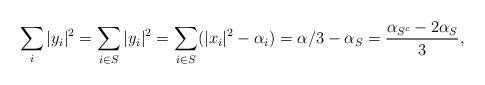
LaTeX: \begin{align*} \sum_i |y_i|^2 = \sum_{i \in S} |y_i|^2 = \sum_{i \in S} ( |x_i|^2 - \alpha_i) =\alpha/3 - \alpha_S = \frac{\alpha_{S^c} - 2\alpha_S}{3}, \end{align*}